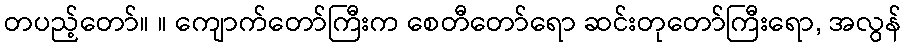
တပည့်တော်။ ။ ကျောက်တော်ကြီးက စေတီတော်ရော ဆင်းတုတော်ကြီးရော, အလွန်